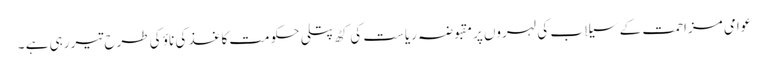
عوامی مزاحمت کے سیلاب کی لہروں پرمقبوضہ ریاست کی کٹھ پتلی حکومت کاغذ کی ناؤ کی طرح تیر رہی ہے ۔